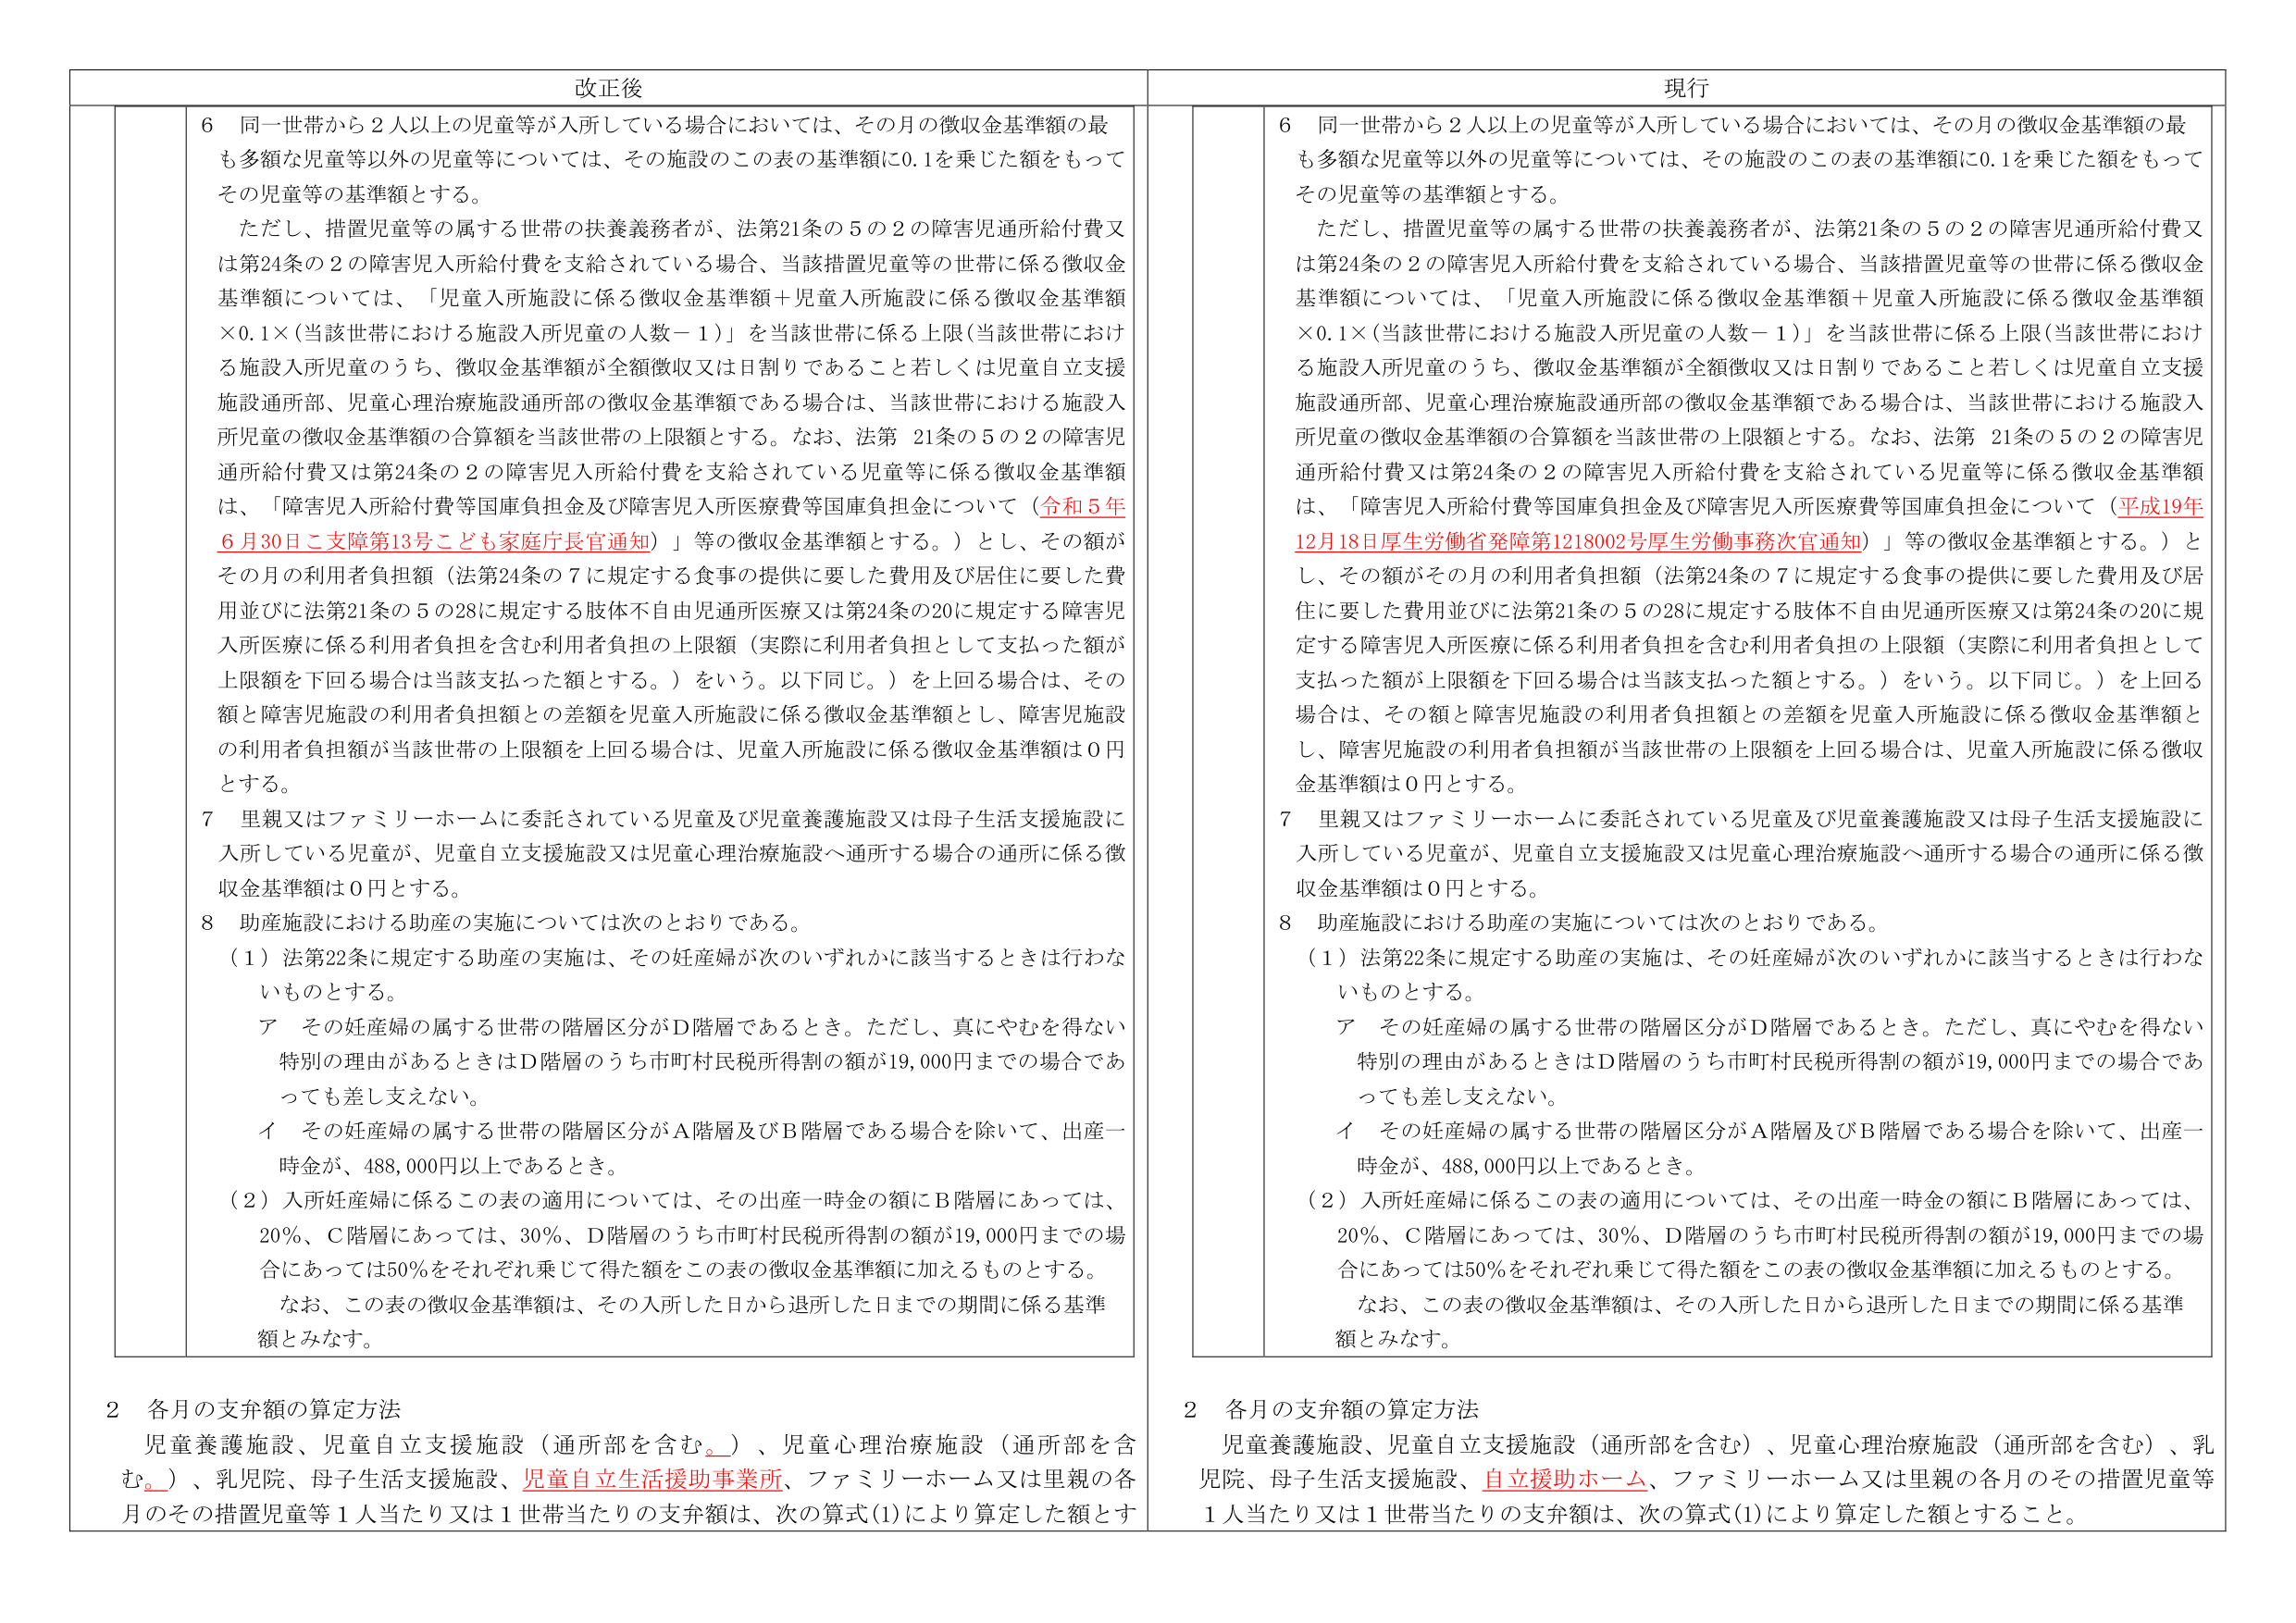
改正後

6 同一世帯から2人以上の児童等が入所している場合においては、その月の徴収金基準額の最も多額な児童等以外の児童等については、その施設のこの表の基準額に0.1を乗じた額をもってその児童等の基準額とする。

ただし、措置児童等の属する世帯の扶養義務者が、法第21条の5の2の障害児通所給付費又は第24条の2の障害児入所給付費を支給されている場合、当該措置児童等の世帯に係る徴収金基準額については、「児童入所施設に係る徴収金基準額＋児童入所施設に係る徴収金基準額×0.1×（当該世帯における施設入所児童の人数－1）」を当該世帯に係る上限（当該世帯における施設入所児童のうち、徴収金基準額が全額徴収又は日割りであること若しくは児童自立支援施設通所部、児童心理治療施設通所部の徴収金基準額である場合は、当該世帯における施設入所児童の徴収金基準額の合算額を当該世帯の上限額とする。なお、法第21条の5の2の障害児通所給付費又は第24条の2の障害児入所給付費を支給されている児童等に係る徴収金基準額は、「障害児入所給付費等国庫負担金及び障害児入所医療費等国庫負担金について（令和5年6月30日こ支障第13号こども家庭庁長官通知）」等の徴収金基準額とする。）とし、その額がその月の利用者負担額（法第24条の7に規定する食事の提供に要した費用及び居住に要した費用並びに法第21条の5の28に規定する肢体不自由児通所医療又は第24条の20に規定する障害児入所医療に係る利用者負担を含む利用者負担の上限額（実際に利用者負担として支払った額が上限額を下回る場合は当該支払った額とする。）をいう。以下同じ。）を上回る場合は、その額と障害児施設の利用者負担額との差額を児童入所施設に係る徴収金基準額とし、障害児施設の利用者負担額が当該世帯の上限額を上回る場合は、児童入所施設に係る徴収金基準額は0円とする。

7 里親又はファミリーホームに委託されている児童及び児童養護施設又は母子生活支援施設に入所している児童が、児童自立支援施設又は児童心理治療施設へ通所する場合の通所に係る徴収金基準額は0円とする。

8 助産施設における助産の実施については次のとおりである。

（1）法第22条に規定する助産の実施は、その妊産婦が次のいずれかに該当するときは行わないものとする。

ア その妊産婦の属する世帯の階層区分がD階層であるとき。ただし、真にやむを得ない特別の理由があるときはD階層のうち市町村民税所得割の額が19,000円までの場合であっても差し支えない。

イ その妊産婦の属する世帯の階層区分がA階層及びB階層である場合を除いて、出産一時金が、488,000円以上であるとき。

（2）入所妊産婦に係るこの表の適用については、その出産一時金の額にB階層にあっては、20％、C階層にあっては、30％、D階層のうち市町村民税所得割の額が19,000円までの場合にあっては50％をそれぞれ乗じて得た額をこの表の徴収金基準額に加えるものとする。

なお、この表の徴収金基準額は、その入所した日から退所した日までの期間に係る基準額とみなす。

2 各月の支弁額の算定方法

児童養護施設、児童自立支援施設（通所部を含む。）、児童心理治療施設（通所部を含む。）、乳児院、母子生活支援施設、児童自立生活援助事業所、ファミリーホーム又は里親の各月のその措置児童等1人当たり又は1世帯当たりの支弁額は、次の算式(1)により算定した額とす

現行

6 同一世帯から2人以上の児童等が入所している場合においては、その月の徴収金基準額の最も多額な児童等以外の児童等については、その施設のこの表の基準額に0.1を乗じた額をもってその児童等の基準額とする。

ただし、措置児童等の属する世帯の扶養義務者が、法第21条の5の2の障害児通所給付費又は第24条の2の障害児入所給付費を支給されている場合、当該措置児童等の世帯に係る徴収金基準額については、「児童入所施設に係る徴収金基準額＋児童入所施設に係る徴収金基準額×0.1×（当該世帯における施設入所児童の人数－1）」を当該世帯に係る上限（当該世帯における施設入所児童のうち、徴収金基準額が全額徴収又は日割りであること若しくは児童自立支援施設通所部、児童心理治療施設通所部の徴収金基準額である場合は、当該世帯における施設入所児童の徴収金基準額の合算額を当該世帯の上限額とする。なお、法第21条の5の2の障害児通所給付費又は第24条の2の障害児入所給付費を支給されている児童等に係る徴収金基準額は、「障害児入所給付費等国庫負担金及び障害児入所医療費等国庫負担金について（平成19年12月18日厚生労働省発障第1218002号厚生労働事務次官通知）」等の徴収金基準額とする。）とし、その額がその月の利用者負担額（法第24条の7に規定する食事の提供に要した費用及び居住に要した費用並びに法第21条の5の28に規定する肢体不自由児通所医療又は第24条の20に規定する障害児入所医療に係る利用者負担を含む利用者負担の上限額（実際に利用者負担として支払った額が上限額を下回る場合は当該支払った額とする。）をいう。以下同じ。）を上回る場合は、その額と障害児施設の利用者負担額との差額を児童入所施設に係る徴収金基準額とし、障害児施設の利用者負担額が当該世帯の上限額を上回る場合は、児童入所施設に係る徴収金基準額は0円とする。

7 里親又はファミリーホームに委託されている児童及び児童養護施設又は母子生活支援施設に入所している児童が、児童自立支援施設又は児童心理治療施設へ通所する場合の通所に係る徴収金基準額は0円とする。

8 助産施設における助産の実施については次のとおりである。

（1）法第22条に規定する助産の実施は、その妊産婦が次のいずれかに該当するときは行わないものとする。

ア その妊産婦の属する世帯の階層区分がD階層であるとき。ただし、真にやむを得ない特別の理由があるときはD階層のうち市町村民税所得割の額が19,000円までの場合であっても差し支えない。

イ その妊産婦の属する世帯の階層区分がA階層及びB階層である場合を除いて、出産一時金が、488,000円以上であるとき。

（2）入所妊産婦に係るこの表の適用については、その出産一時金の額にB階層にあっては、20％、C階層にあっては、30％、D階層のうち市町村民税所得割の額が19,000円までの場合にあっては50％をそれぞれ乗じて得た額をこの表の徴収金基準額に加えるものとする。

なお、この表の徴収金基準額は、その入所した日から退所した日までの期間に係る基準額とみなす。

2 各月の支弁額の算定方法

児童養護施設、児童自立支援施設（通所部を含む）、児童心理治療施設（通所部を含む）、乳児院、母子生活支援施設、自立援助ホーム、ファミリーホーム又は里親の各月のその措置児童等1人当たり又は1世帯当たりの支弁額は、次の算式(1)により算定した額とすること。